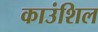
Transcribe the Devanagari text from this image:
काउंशिल